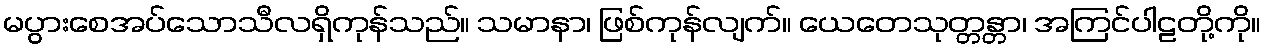
မပွားစေအပ်သောသီလရှိကုန်သည်။ သမာနာ၊ ဖြစ်ကုန်လျက်။ ယေတေသုတ္တန္တာ၊ အကြင်ပါဠတို့ကို။